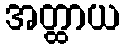
အတ္ထာယ